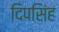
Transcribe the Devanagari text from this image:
दिपसिंह